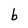
Character: b